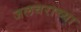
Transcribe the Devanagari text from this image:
जलचराच्या